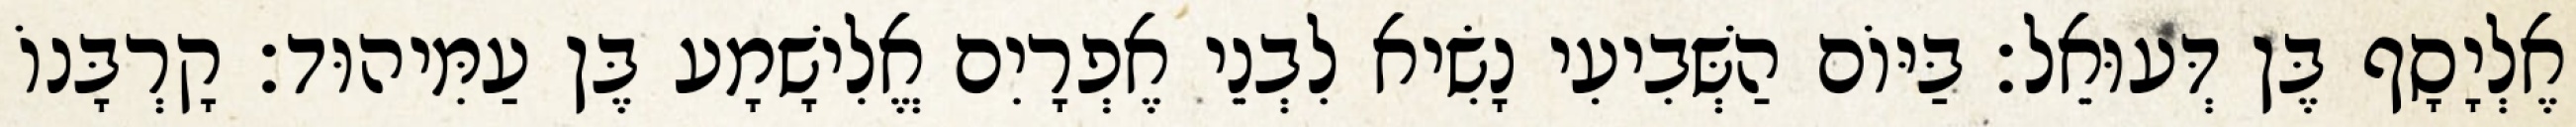
אֶלְיָסָף בֶּן דְּעוּאֵל׃ בַּיּוֹם הַשְּׁבִיעִי נָשִׂיא לִבְנֵי אֶפְרָיִם אֱלִישָׁמָע בֶּן עַמִּיהוּד׃ קָרְבָּנוֹ